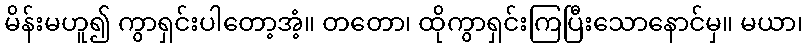
မိန်းမဟူ၍ ကွာရှင်းပါတော့အံ့။ တတော၊ ထိုကွာရှင်းကြပြီးသောနောင်မှ။ မယာ၊